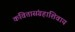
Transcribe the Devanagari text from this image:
कवितासंग्रहांशिवाय